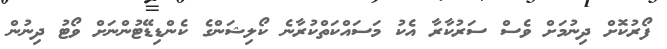
ފޯރުކޮށް ދިނުމަށް ވެސް ސަރުކާރާ އެކު މަސައްކަތްކުރާނެ ކޯލިޝަންގެ ކެންޑިޑޭޓުންނަށް ވޯޓު ދިނުން